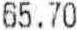
65.70